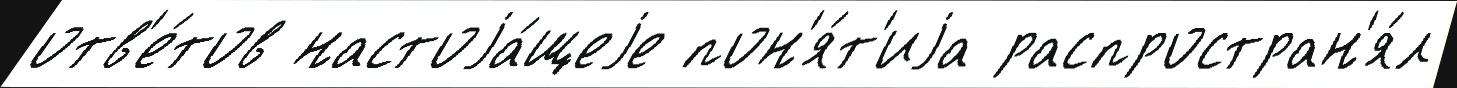
отв'е́тов настоjа́щеjе пон'я́т'иjа распростран'я́л